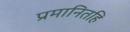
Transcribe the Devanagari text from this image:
प्रमानितहि